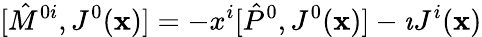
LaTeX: [{\hat{M}}^{0i},J^{0}({\mathbf x})]=-x^{i}[{\hat{P}}^{0},J^{0}({\mathbf x})]-\imath J^{i}({\mathbf x})